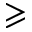
\geqslant